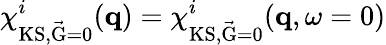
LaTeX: \chi_{\mathrm{KS,\vec{G}=0}}^{i}(\mathbf{q})=\chi_{\mathrm{KS,\vec{G}=0}}^{i}(\mathbf{q},\omega=0)